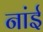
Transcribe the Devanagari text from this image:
नांई